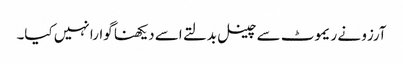
آرزو نے ریموٹ سے چینل بدلتے اسے دیکھنا گوارا نہیں کیا۔